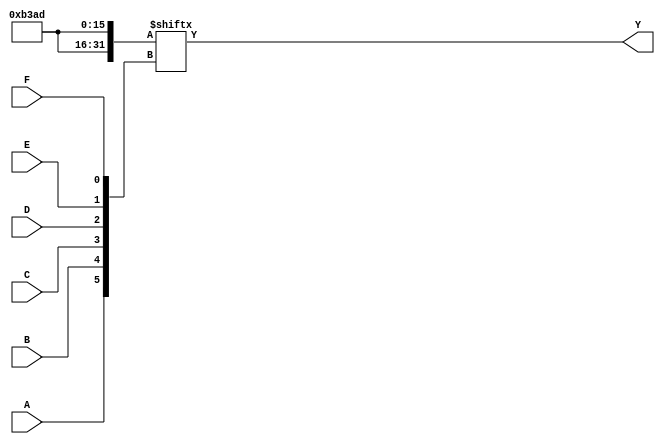
module kmap_6var (
    input wire A, B, C, D, E, F, // Six input variables
    output wire Y                // Output of the K-map
);

// K-map definition: 64 cells for 6 variables
// Each cell corresponds to a minterm based on the input variables
// The K-map is represented as a 64-bit array
reg [63:0] kmap;

// Initialize the K-map with the minterms
initial begin
    // Example minterms for demonstration
    // Set the K-map cells to 1 for the minterms that are true
    kmap[0]   = 1; // m0
    kmap[1]   = 0; // m1
    kmap[2]   = 1; // m2
    kmap[3]   = 1; // m3
    kmap[4]   = 0; // m4
    kmap[5]   = 1; // m5
    kmap[6]   = 0; // m6
    kmap[7]   = 1; // m7
    kmap[8]   = 1; // m8
    kmap[9]   = 1; // m9
    kmap[10]  = 0; // m10
    kmap[11]  = 0; // m11
    kmap[12]  = 1; // m12
    kmap[13]  = 1; // m13
    kmap[14]  = 0; // m14
    kmap[15]  = 1; // m15
    // Continue initializing the K-map as needed...
    // For a complete K-map, initialize all 64 minterms (m0 to m63)
end

// Output logic: Determine the output based on the input variables
assign Y = kmap[{A, B, C, D, E, F}]; // Concatenate inputs to form the address for the K-map

endmodule